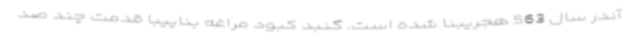
آندر سال 563 هجریبنا شده است. گنبد کبود مراغه بناییبا قدمت چند صد